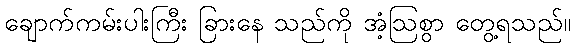
ချောက်ကမ်းပါးကြီး ခြားနေ သည်ကို အံ့ဩစွာ တွေ့ရသည်။